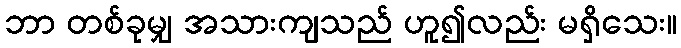
ဘာ တစ်ခုမျှ အသားကျသည် ဟူ၍လည်း မရှိသေး။